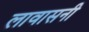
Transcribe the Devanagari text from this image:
लावासनी